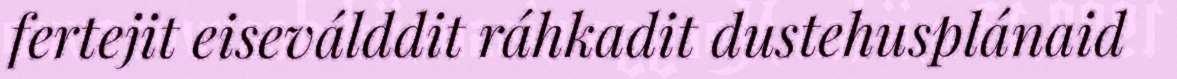
fertejit eiseválddit ráhkadit dustehusplánaid